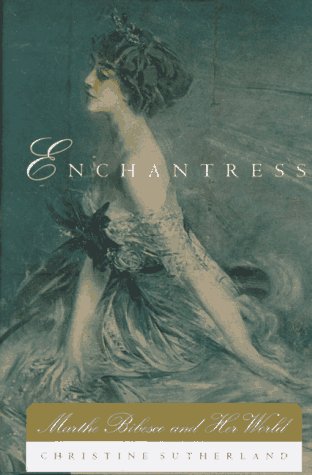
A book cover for Enchantress: Marthe Bibesco and Her World; Christine Sutherland; History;